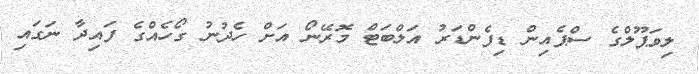
ލިވަޕޫލްގެ ސްޕެއިން ޑިފެންޑަރު އަލްބަޓް މޮރޭނޯ އަށް ހެދުނު ގޯހެއްގެ ފައިދާ ނަގައި